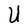
Character: U